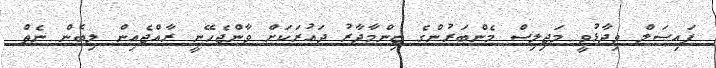
ފައިޞަލް ވިދާޅުވީ މަޖިލިސް މެންބަރުންގެ ޒިންމާދާރު ދައުރަކަށް ވާންޖެހޭނީ ރާއްޖެއިން ލިބެން ނެތް